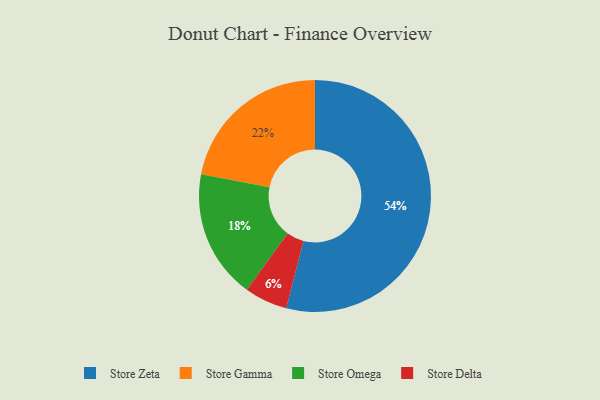
{"axis": {"x": "Category", "y": "Percentage"}, "legend": ["Store Delta", "Store Gamma", "Store Omega", "Store Zeta"], "data": [{"x": "Store Delta", "y": 6, "type": "Store Delta"}, {"x": "Store Zeta", "y": 54, "type": "Store Zeta"}, {"x": "Store Omega", "y": 18, "type": "Store Omega"}, {"x": "Store Gamma", "y": 22, "type": "Store Gamma"}]}